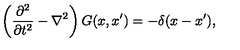
\left( { \frac { \partial ^ { 2 } } { \partial t ^ { 2 } } } - \nabla ^ { 2 } \right) G ( x , x ^ { \prime } ) = - \delta ( x - x ^ { \prime } ) ,